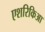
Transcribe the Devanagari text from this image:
एशरिकिआ